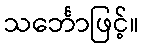
သင်္ဘောဖြင့်။